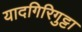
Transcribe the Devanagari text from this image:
यादगिरिगुट्टा